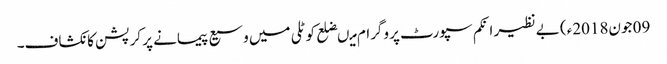
09 جون2018ء) بے نظیر انکم سپورٹ پروگرام میںضلع کوٹلی میں وسیع پیمانے پر کرپشن کا نکشاف۔